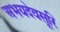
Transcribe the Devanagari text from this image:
अभयदेवसूरि